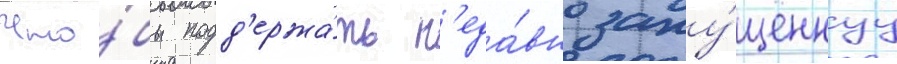
Что́бы подд'ержа́ть н'еда́вно запу́щеннуу